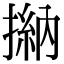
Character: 㨥